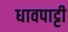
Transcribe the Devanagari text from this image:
धावपाट्टी